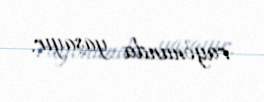
rayonunda yaşayır.